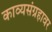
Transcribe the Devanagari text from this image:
काव्यसंग्रहावर